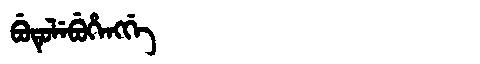
Manchu: ᠪᡠᡨᡠᠯᡝᠪᡠᡥᡝᠩᡤᡝ
Romanization: BUTULEBUHENGGE